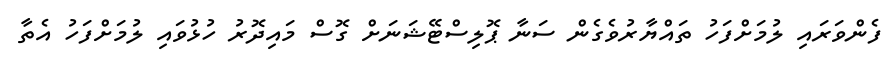
ފެންވަރައި ލުމަށްފަހު ތައްޔާރުވެގެން ސަނާ ޕޮލިސްޓޭޝަނަށް ގޮސް މައިދޮރު ހުޅުވައި ލުމަށްފަހު އެތާ